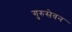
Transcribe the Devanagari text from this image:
गुरुसेवन